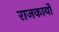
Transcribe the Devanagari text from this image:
राजकार्यों